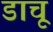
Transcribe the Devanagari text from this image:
डाचू